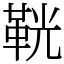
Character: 𩊠